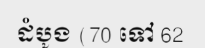
ដំបូង (70 ទៅ 62